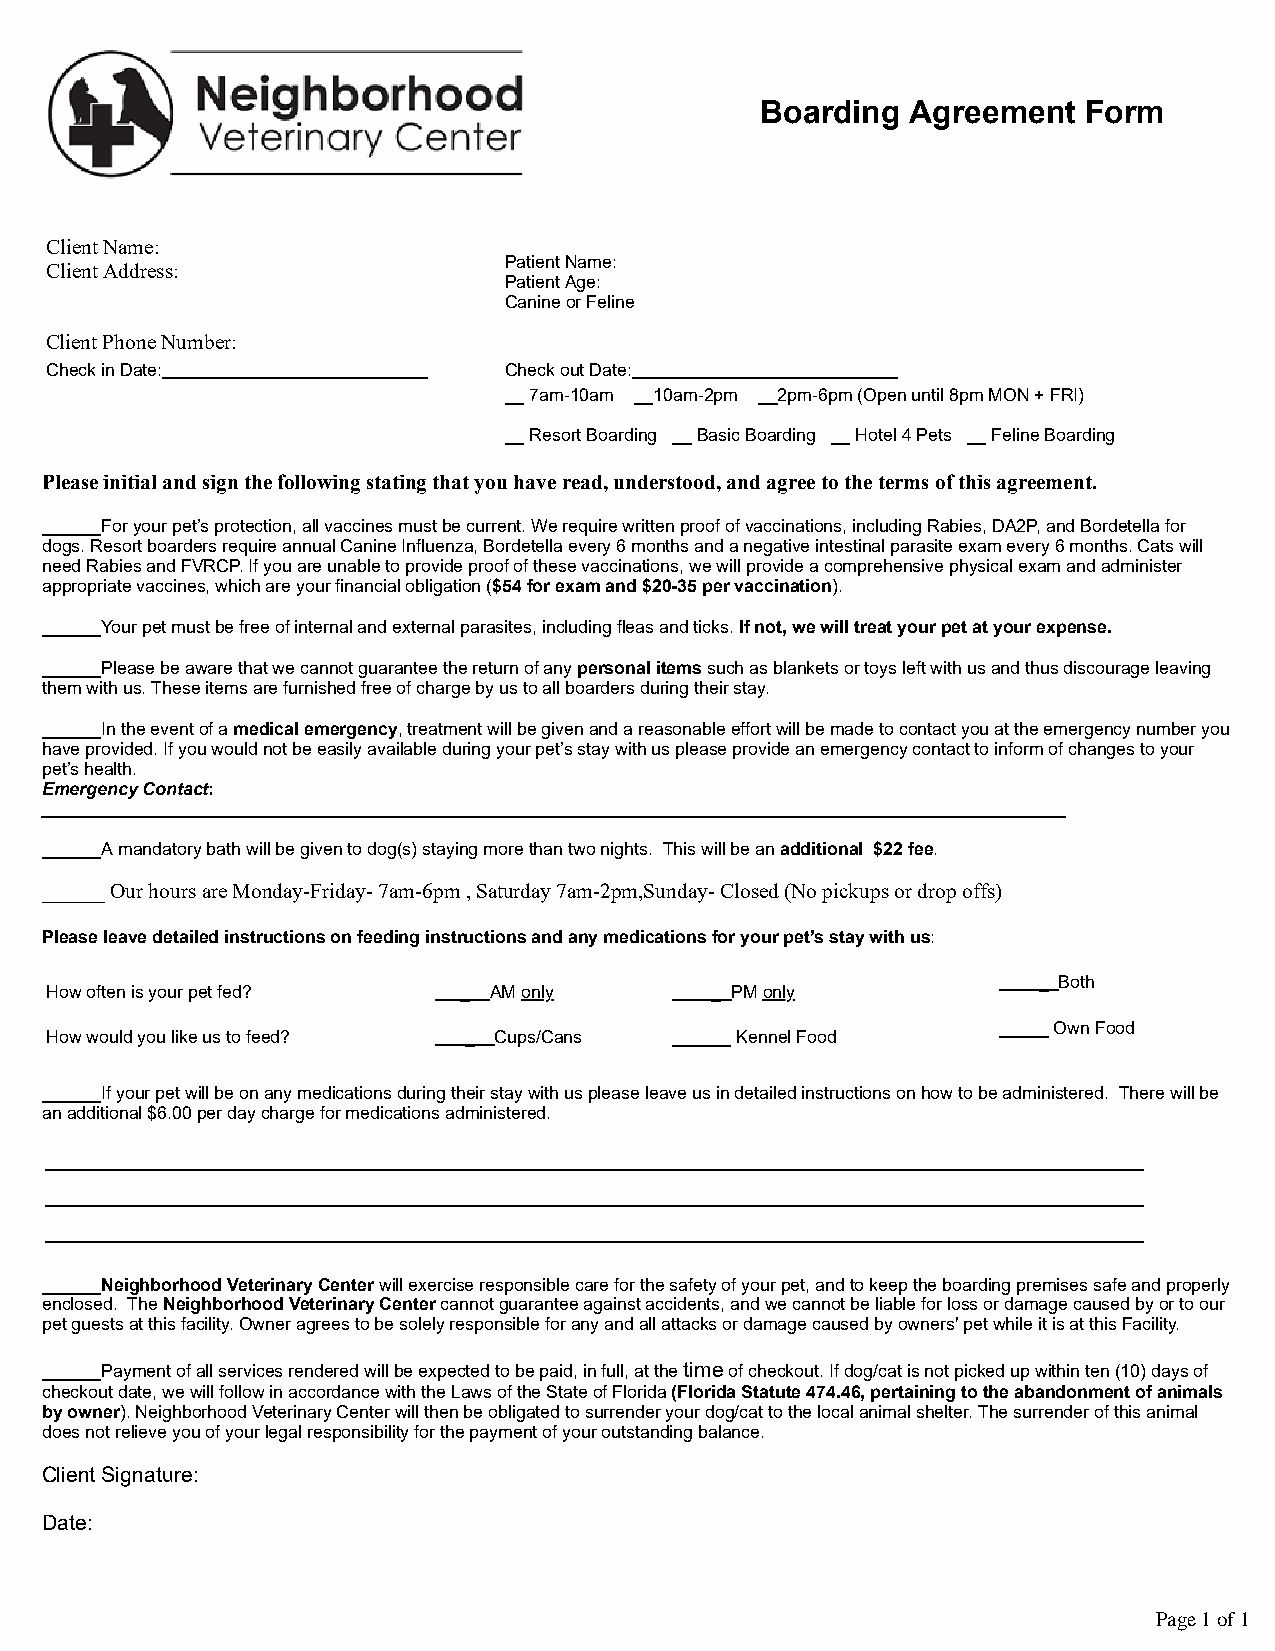
Boarding  Agreement   Form
 Client Name:
 Client Addres s:
 Patient Name:
 P Ca at nie inn et A org Fe:
 e lin e
 Client Phone Number:
 Check in Date:                Check out Date:
 __ 7am-10am __10am-2pm __2pm-6pm (Open until 8pm MON + FRI)
 __ Resort Boarding __ Basic Boarding __ Hotel 4 Pets __ Feline Boarding
 Please initial and sign the following stating that you have read, understood, and agree to the terms of this agreement.
 ______For your pet’s protection, all vaccines must be current. We require written proof of vaccinations, including Rabies, DA2P, and Bordetella for
 dogs. Resort boarders require annual Canine Influenza, Bordetella every 6 months and a negative intestinal parasite exam every 6 months. Cats will
 need Rabies and FVRCP. If you are unable to provide proof of these vaccinations, we will provide a comprehensive physical exam and administer
 appropriate vaccines, which are your financial obligation ($54 for exam and $20-35 per vaccination).
 ______Your pet must be free of internal and external parasites, including fleas and ticks. If not, we will treat your pet at your expense.
 ______Please be aware that we cannot guarantee the return of any personal items such as blankets or toys left with us and thus discourage leaving
 them with us. These items are furnished free of charge by us to all boarders during their stay.
 ______In the event of a medical emergency, treatment will be given and a reasonable effort will be made to contact you at the emergency number you
 have provided. If you would not be easily available during your pet’s stay with us please provide an emergency contact to inform of changes to your
 pet’s health.
 Emergency Contact:
 ______A mandatory bath will be given to dog(s) staying more than two nights. This will be an additional $22 fee.
 ______ Our hours are Monday-Friday- 7am-6pm , Saturday 7am-2pm,Sunday- Closed (No pickups or drop offs)
 Please leave detailed instructions on feeding instructions and any medications for your pet’s stay with us:
 _ Both
 How often is your pet fed? _ AM only        _ PM only
 _____ Own Food
 How would you like us to feed? _ Cups/Cans ______ Kennel Food
 ______If your pet will be on any medications during their stay with us please leave us in detailed instructions on how to be administered. There will be
 an additional $6.00 per day charge for medications administered.
 ______Neighborhood Veterinary Center will exercise responsible care for the safety of your pet, and to keep the boarding premises safe and properly
 enclosed. The Neighborhood Veterinary Center cannot guarantee against accidents, and we cannot be liable for loss or damage caused by or to our
 pet guests at this facility. Owner agrees to be solely responsible for any and all attacks or damage caused by owners' pet while it is at this Facility.
 ______Payment of all services rendered will be expected to be paid, in full, at the time of checkout. If dog/cat is not picked up within ten (10) days of
 checkout date, we will follow in accordance with the Laws of the State of Florida (Florida Statute 474.46, pertaining to the abandonment of animals
 by owner). Neighborhood Veterinary Center will then be obligated to surrender your dog/cat to the local animal shelter. The surrender of this animal
 does not relieve you of your legal responsibility for the payment of your outstanding balance.
 Client Signature:
 Date:
 Page 1 of 1